Report on vaccination in Madras 1877-1894 - 1877-1894
Year: 1877
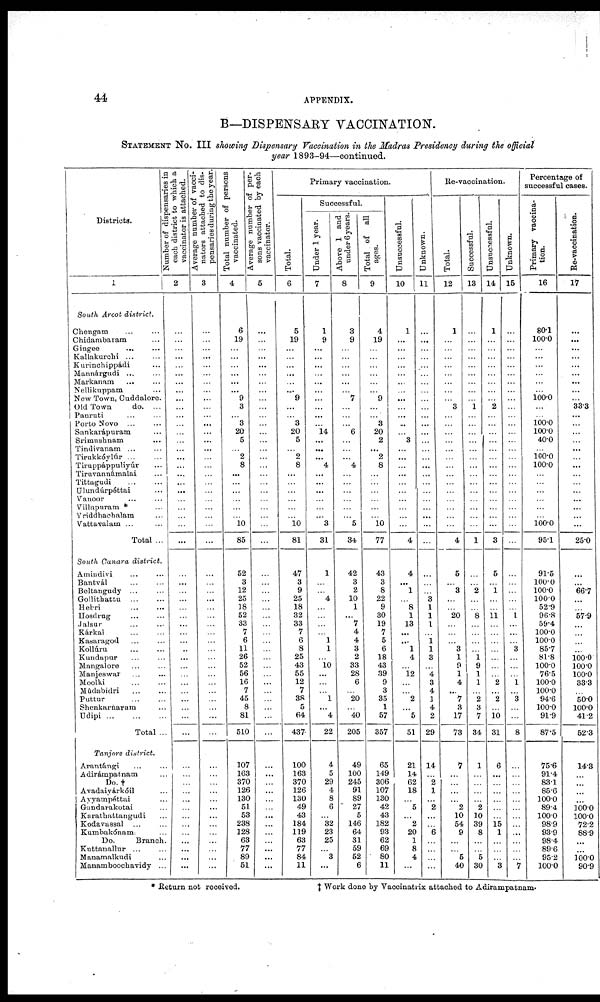
44
APPENDIX.
B—DISPENSARY VACCINATION.
STATEMENT No. III showing Dispensary Vaccination in the Madras Presidency during the official
year 1893-94—continued.
Districts.
1
South Arcot district.
Chengam
...
...
Chidambaram ...
Gingee
... ...
Kallakurchi ... ...
Kurinchippádi ...
Mannárgudi ... ...
Markanam
... ...
Nellikuppam ...
New Town, Cuddalore.
Old Town
do. ...
Panruti ... ...
Porto Novo ... ...
Sankarápuram ...
Srimushnam ... ...
Tindivanam ... ...
Tirukkóylúr ... ...
Tiruppáppuliyúr ...
Tiravannámalai ...
Tittagudi ... ...
Ulundúrpéttai ...
Vanoor ... ...
Villupuram * ...
Vriddhachalam ...
Vattavalam ... ...
Total ...
South Canara district.
Amindivi ... ...
Bantvál ... ...
Beltangudy ... ...
Gollithattu
...
...
Hebri ... ...
Hosdrug ... ...
Jalsur ... ...
Kárkal
...
...
Kasaragod ... ...
Kollúru ... ...
Kundapur ... ...
Mangalore ... ...
Manjeswar ... ...
Moolki ... ...
Múdabidri ... ...
Puttur
...
...
Shenkarnaram ...
Udipi
...
...
...
Total ...
Tanjore district.
Arantángi ... ...
Adirámpatnam ...
Do. †
Avadaiyárkóil ...
Ayyampéttai ...
Gandarakotai ...
Karathattangudi ...
Kodavassal ... ...
Kumbakónam. ...
Do.
Branch. ...
Kuttanallur ... ...
Manamalkudi ...
Manamboochavidy ...
Number of dispensaries in
each district to which a
vaccinator is attached.
2
...
...
...
...
...
...
... ...
...
...
...
...
...
...
...
...
...
...
...
...
...
...
...
...
...
...
...
...
...
...
...
...
...
...
...
...
...
...
...
...
...
...
...
...
...
...
...
...
...
...
...
...
...
...
...
...
...
Average number of vacci¬
nators attached to dis¬
pensaries during the year.
3
...
...
...
...
...
...
...
...
...
...
...
...
...
...
...
...
...
...
...
...
...
...
...
...
...
...
...
...
...
...
...
...
...
...
...
...
...
...
...
...
...
...
...
...
...
...
...
...
...
...
...
...
...
...
...
...
...
Total number of persons
vaccinated.
4
6
19
...
...
...
...
...
...
9
3
...
3
20
5
...
2
8
...
...
...
...
...
... 10
85
52
3
12
25
18
52
33
7
6
11
26
52
56
16
7
45
8
81
510
107
163
370
126
130
51
53
238
128
63
77
89
51
Average number of per¬
sons vaccinated by each
vaccinator.
5
...
...
...
...
...
...
...
...
...
...
...
...
...
...
...
...
...
...
...
...
...
...
...
...
...
...
...
...
...
...
...
...
...
...
...
...
...
...
...
...
...
...
...
...
...
...
...
...
...
...
...
...
...
...
...
...
...
Primary vaccination.
Total.
6
5
19
...
... ...
...
... ...
9
...
...
3
20
5
...
2
8
...
...
...
...
...
...
10
81
47
3
9
25
18
32
33
7
6
8
25
43
55
12
7
38
5
64
437
100
163
370
126
130
49
43
184
119
63
77
84
11
Successful.
Under 1 year.
7
1
9
...
...
...
...
...
...
...
...
...
...
14
...
...
...
4
...
...
...
...
...
...
3
31
1
...
...
4
...
...
...
...
1
1
...
10
...
...
...
1
...
4
22
4
5
29
4
8
6
...
82
23
25
...
3
...
Above 1 and
under 6 years.
8
3
9
...
... ...
...
...
...
7
...
...
...
6
...
...
...
4
...
...
...
...
...
... 5
34
42
3
2
10
1
...
7
4
4
3
2
33
28
6
...
20
...
40
205
49
100
245
91
89
27
5
146
64
31
59
52
6
Total of all
ages.
9
4
19
...
...
...
...
...
...
9
...
...
3
20
2
...
2
8
...
...
...
...
...
...
10
77
43
3
8
22
9
30
19
7
5
6
18
43
39
9
3
85
1
57
357
65
149
306
107
130
42
43
182
93
62
69
80
11
Unsuccessful.
10
1
...
...
...
...
...
...
...
...
...
...
...
...
3
...
...
...
...
...
...
...
...
...
...
4
4
...
1
... 8
1
13
...
...
1
4
...
12
...
...
2
...
5
51
21
14
62
18
...
5
...
2
20
1
8
4
...
Unknown.
11
...
...
...
...
...
...
...
...
...
...
...
...
...
...
...
...
...
...
...
...
...
...
...
...
...
...
...
...
3
1
1
1
...
1 1
3
...
4
3
4
1
4
2
29
14
...
2
1
...
2
...
...
6
...
...
...
...
Re-vaccination.
Total.
12
1
...
...
...
...
...
...
...
...
3
...
...
...
...
...
...
...
...
...
...
...
...
...
...
4
5
...
8
...
...
20
...
...
...
3
1
9
1
4
...
7
3
17
73
7
...
...
...
...
2
10
54
9
...
...
5
40
Successful.
13
...
...
...
...
...
...
...
...
...
1
...
...
...
...
...
...
...
...
...
...
...
...
...
...
1
...
...
2
...
...
8
...
...
...
...
1 9
1
1
...
2
3
7
34
1
...
...
...
...
2
10
39
8
...
...
5
30
Unsuccessful.
14
1
...
...
...
...
...
...
...
...
2
...
...
...
...
...
...
...
...
...
...
...
...
...
...
3
5
...
1
...
...
11
...
...
...
...
...
...
...
2
...
2
...
10
31
6
...
...
...
...
...
...
15
1
...
...
...
3
Unknown.
15
...
...
...
...
...
...
...
...
...
...
...
...
...
...
...
...
...
...
...
...
...
...
...
...
...
...
...
...
...
...
1
...
...
...
3
...
...
...
1
...
3
...
...
8
...
...
...
...
...
...
...
...
...
...
...
...
7
Percentage of
successful cases.
Primary vaccina-
tion.
16
80.1
100.0
...
...
...
...
...
...
100.0
...
...
100.0 100.0
40.0
...
100.0
100.0
...
...
...
...
...
...
100.0
95.1
91.5
100.0
100.0
100.0
52.9
96.8
59.4
100.0
100.0
85.7
81.8
100.0
76.5
100.0
100.0
94.6
100.0
91.9
87.5
756
91.4
83.1
85.6
100.0
89.4
100.0
98.9
93.9
98.4
89.6
95.2
100.0
Re-vaccination.
17
...
...
...
...
...
...
...
...
...
33.3
...
...
...
...
...
...
...
...
...
...
...
...
... ...
25.0
...
...
66.7
...
...
57.9
...
...
...
... 100.0
100.0
100.0
33.3
...
50.0
100.0
41.2
52.3
14.3
...
...
...
...
100.0
100.0
72.2
88.9
...
...
100.0
90.9
* Return not received.
† Work done by Vaccinatrix attached to Adirampatnam.